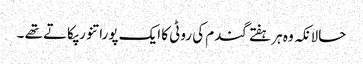
حالانکہ وہ ہر ہفتے گندم کی روٹی کا ایک پورا تنور پکاتے تھے ۔